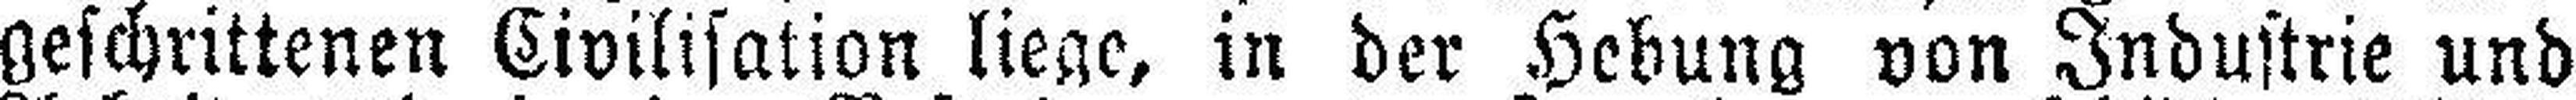
geschrittenen Civilisation liege, in der Hebung von Industrie und